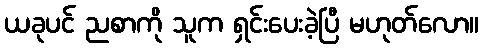
ယခုပင် ညစာကို သူက ရှင်းပေးခဲ့ပြီ မဟုတ်လော။